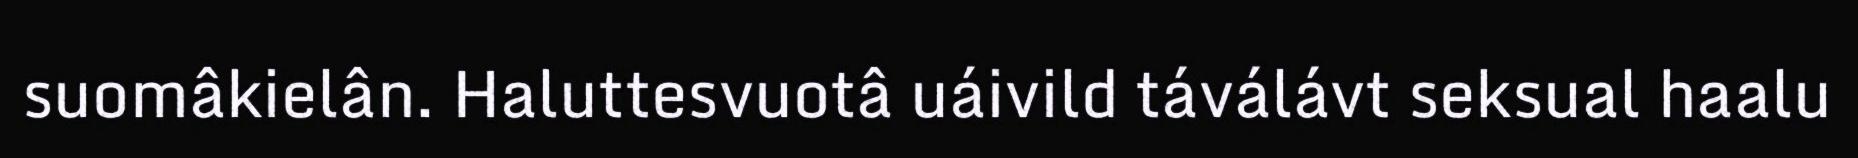
suomâkielân. Haluttesvuotâ uáivild táválávt seksual haalu